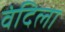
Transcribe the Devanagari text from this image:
वंदिला